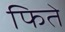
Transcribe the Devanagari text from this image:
फिते